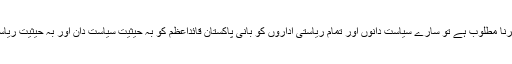
بدعنوانی سے پاک اچھی حکمرانی قائم کرنا مطلوب ہے تو سارے سیاست دانوں اور تمام ریاستی اداروں کو بانیِ پاکستان قائداعظمؒ کو بہ حیثیت سیاست دان اور بہ حیثیت ریاست کے سربراہ کے رول ماڈل بنانا ہوگا۔